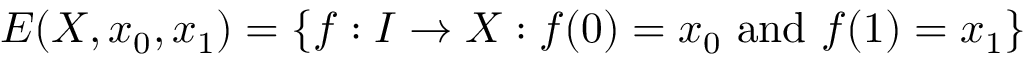
E ( X , x _ { 0 } , x _ { 1 } ) = \{ f : I \to X : f ( 0 ) = x _ { 0 } { \mathrm { ~ a n d ~ } } f ( 1 ) = x _ { 1 } \}